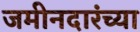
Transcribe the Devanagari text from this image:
जमीनदारंच्या